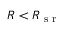
R < R _ { \textrm { s r } }